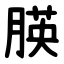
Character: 朠